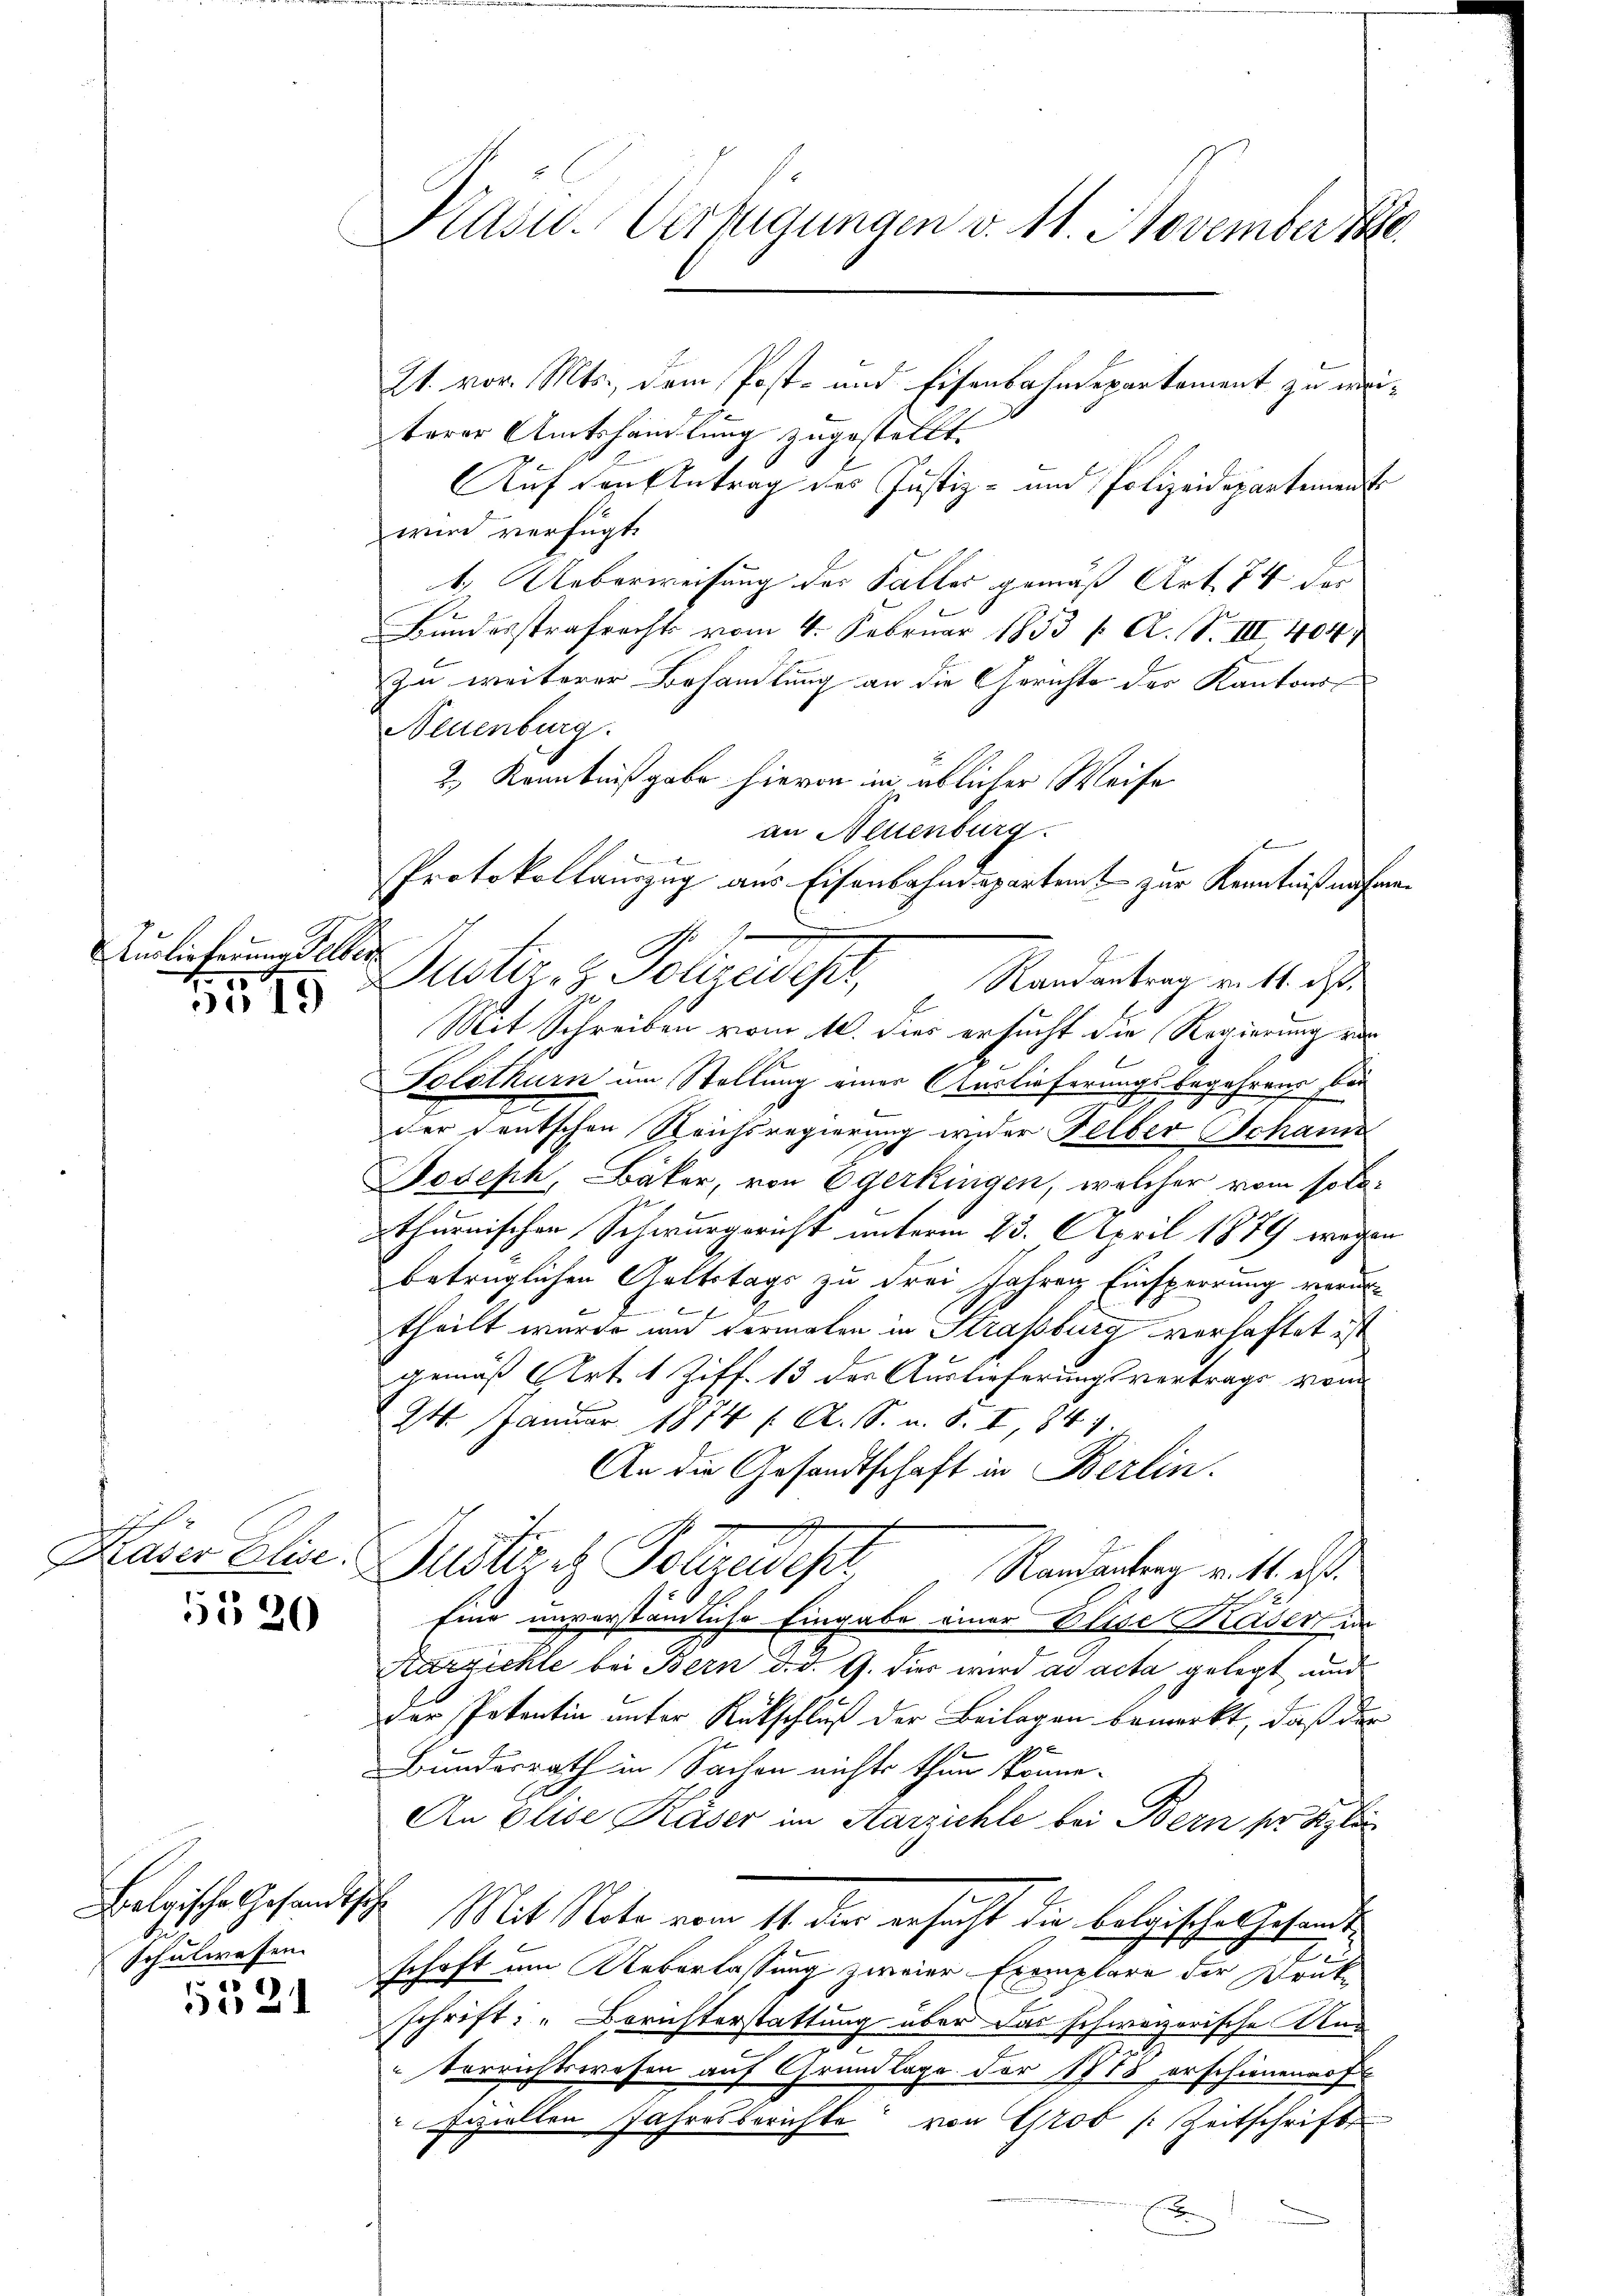
Auslieferung selber
1545

Kaser Elise.

5520

Belgische Gesandtsche
schulwesen.
.

21

Kasu.Verfügungen v. 11. November 1880

21. vor. Mts., dem Post- und Eisenbahndepartement zu weiterer Amtshandlung zugestellt.
Auf den Antrag des Justiz- und Polizeidepartement
wird verfügt
1. Ueberweisung der Faller gemäß Art. 74 der
Bundesstrafrechts vom 4. Februar 1853 / A. S. III 404
ze weiterer Behandlung an die Gerichte des Kantons
Neuenburg.
2.) Kenntnißgabe hievon in üblicher Weise
an Neuenburg.
Protokollauszug aus Eisenbahndepartem zur Kenntniß aufen
.
Dustiz- & Polizeidept,
Randantrag v. 11. ds.
Mit Schreiben vom 10. dies ersucht die Regierung vor
Solothurn um Stellung einer Auslieferungsbegehrens bei
707.
der deutschen Reichsregierung wider Felber Schanis
Joseph, Bäker, von Egerkingen, welcher vom sola-
thurnischen Schwurgericht unterm 23. April 1879 wegen
betrüglichen Geltstags zu drei Jahren Einsperrung verurtheilt wurde und vermalen in Strassburg verhaftet ist
gemäß Art. 1 Ziff. 13 des Auslieferungsvertrags vom
24. Januar 1874 f. A. S. u. S. I, 847.
An die Gesandtschaft in Berlin.
Frölich Polizeideser
Randantrag v. 11. ds.
Eine unverständliche Eingabe einer Elise Kader er
Karzichte bei Bern d. d. G. dies wird ad acta gelegt und
Der Petentin unter Rückschluß der Beilagen bemerkt, daß der
Bundesrath in Sachen nichts thun könne.
An Elise Kaser im Aarzihle bei Bern ser Klin
Mit Reter vom 11. der ersucht die belgisches Gesandte
2
schaft um Ueberlassung zweier Exemplare der Brük-
schrift: „Berichterstattung über das schweizerische Aus
Verrichtswesen auf Grundlage der 1878 erschienen auf
Feziellen Jahresberichte von Grob Zeitschrift
x

ff